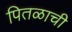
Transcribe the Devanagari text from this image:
पितळाची